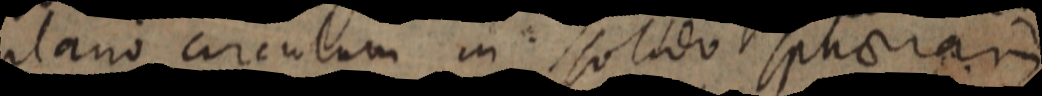
plano circulum in solido sphaeram